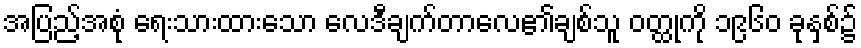
အပြည့်အစုံ ရေးသားထားသော လေဒီချက်တာလေ၏ချစ်သူ ဝတ္ထုကို ၁၉၆၀ ခုနှစ်၌